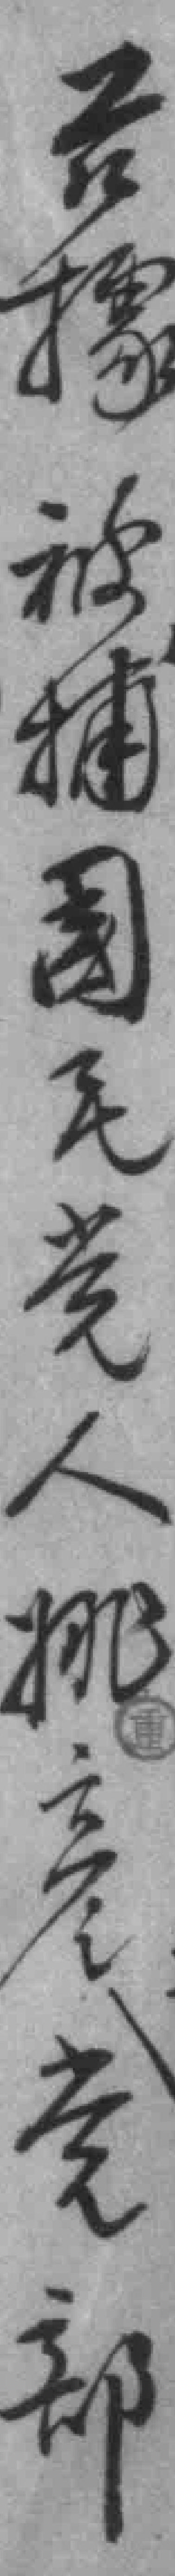
*被捕國民党人姚彥党部